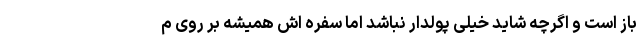
باز است و اگرچه شاید خیلی پولدار نباشد اما سفره اش همیشه بر روی م